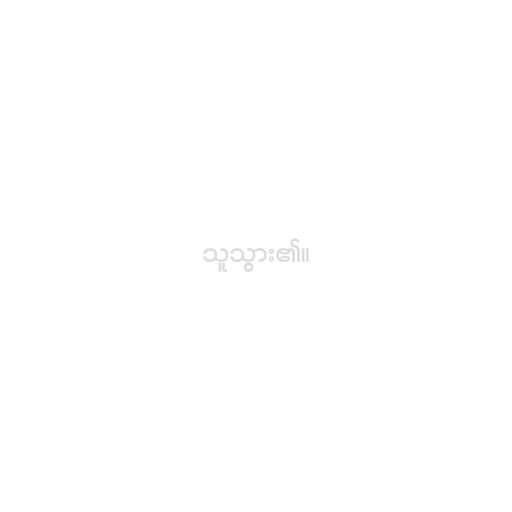
သူသွား၏။